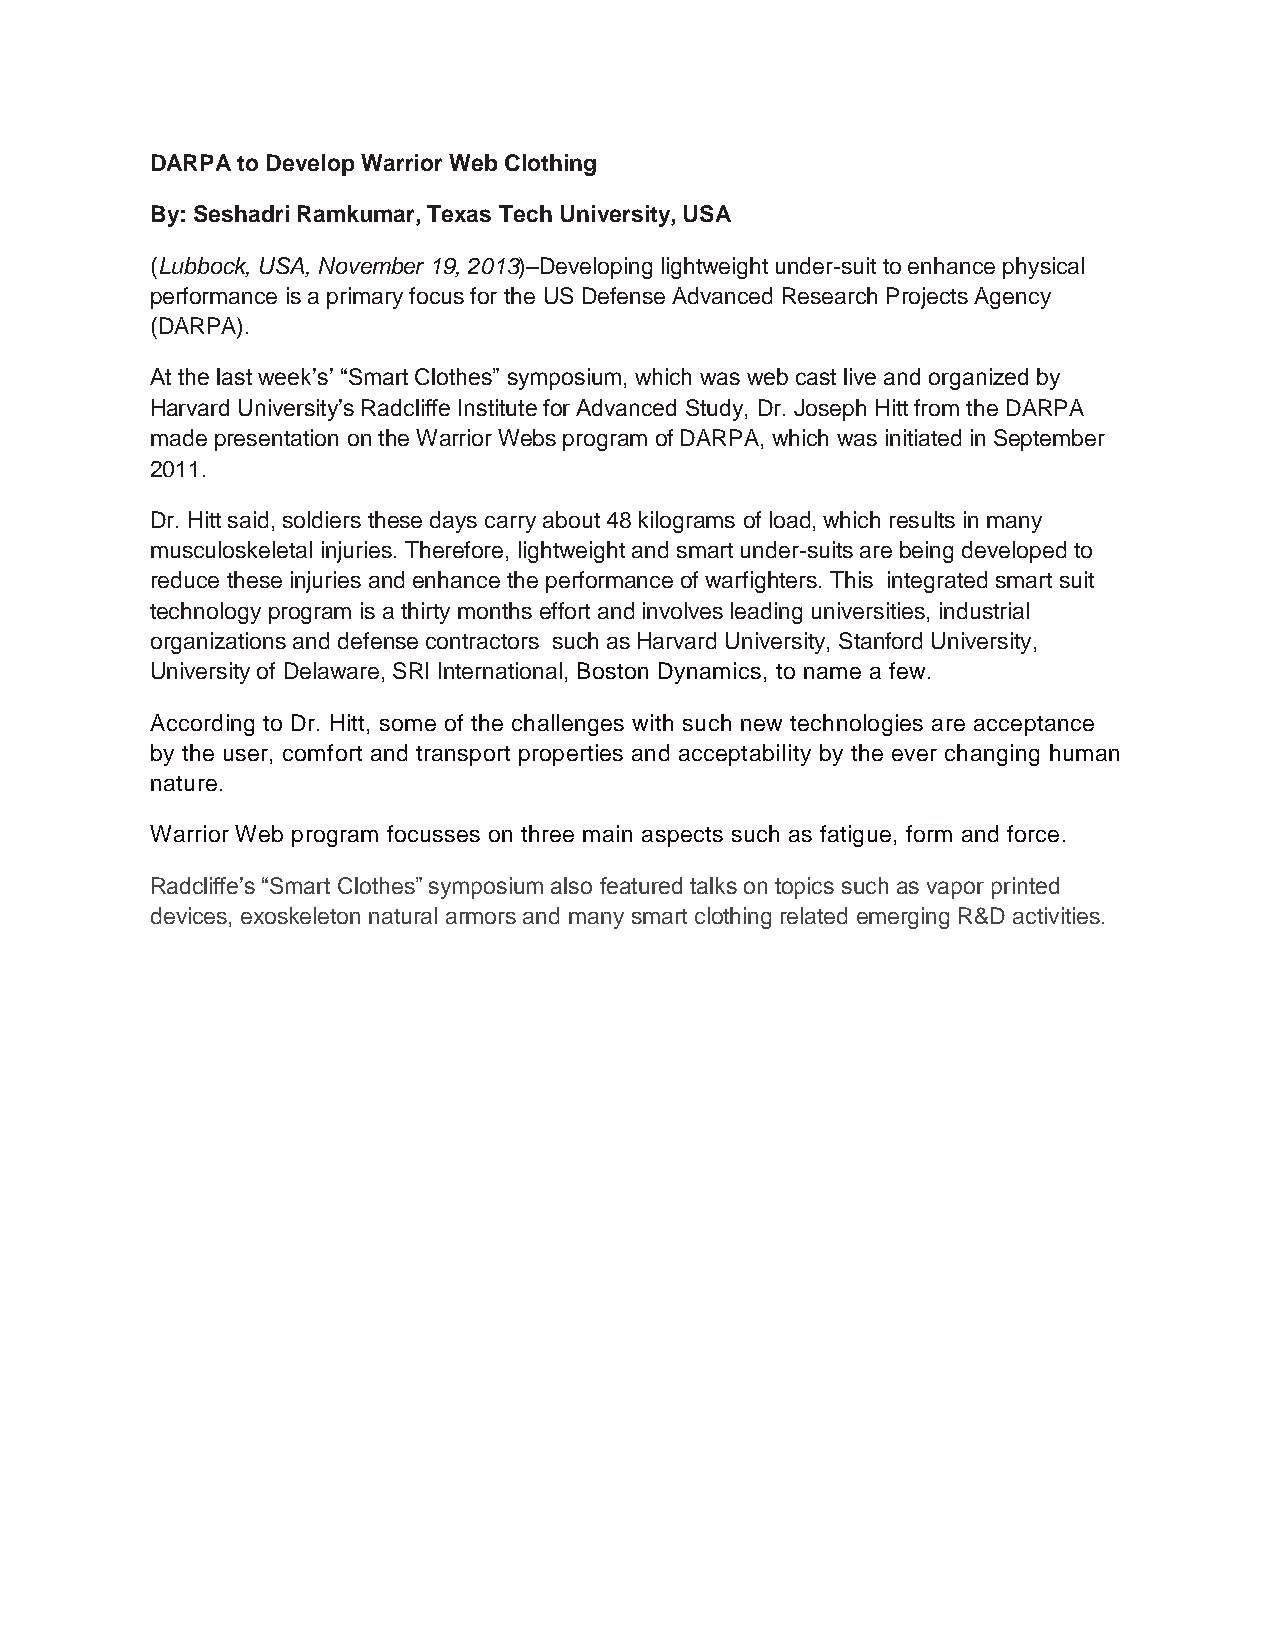
DARPA to Develop Warrior Web Clothing
 By: Seshadri Ramkumar, Texas Tech University, USA
 (Lubbock, USA, November 19, 2013)–Developing lightweight under-suit to enhance physical
 performance is a primary focus for the US Defense Advanced Research Projects Agency
 (DARPA).
 At the last week’s’ “Smart Clothes” symposium, which was web cast live and organized by
 Harvard University’s Radcliffe Institute for Advanced Study, Dr. Joseph Hitt from the DARPA
 made presentation on the Warrior Webs program of DARPA, which was initiated in September
 2011.
 Dr. Hitt said, soldiers these days carry about 48 kilograms of load, which results in many
 musculoskeletal injuries. Therefore, lightweight and smart under-suits are being developed to
 reduce these injuries and enhance the performance of warfighters. This integrated smart suit
 technology program is a thirty months effort and involves leading universities, industrial
 organizations and defense contractors such as Harvard University, Stanford University,
 University of Delaware, SRI International, Boston Dynamics, to name a few.
 According to Dr. Hitt, some of the challenges with such new technologies are acceptance
 by the user, comfort and transport properties and acceptability by the ever changing human
 nature.
 Warrior Web program focusses on three main aspects such as fatigue, form and force.
 Radcliffe’s “Smart Clothes” symposium also featured talks on topics such as vapor printed
 devices, exoskeleton natural armors and many smart clothing related emerging R&D activities.